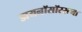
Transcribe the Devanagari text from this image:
डायनॉसॉरसना